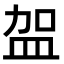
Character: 𭽿